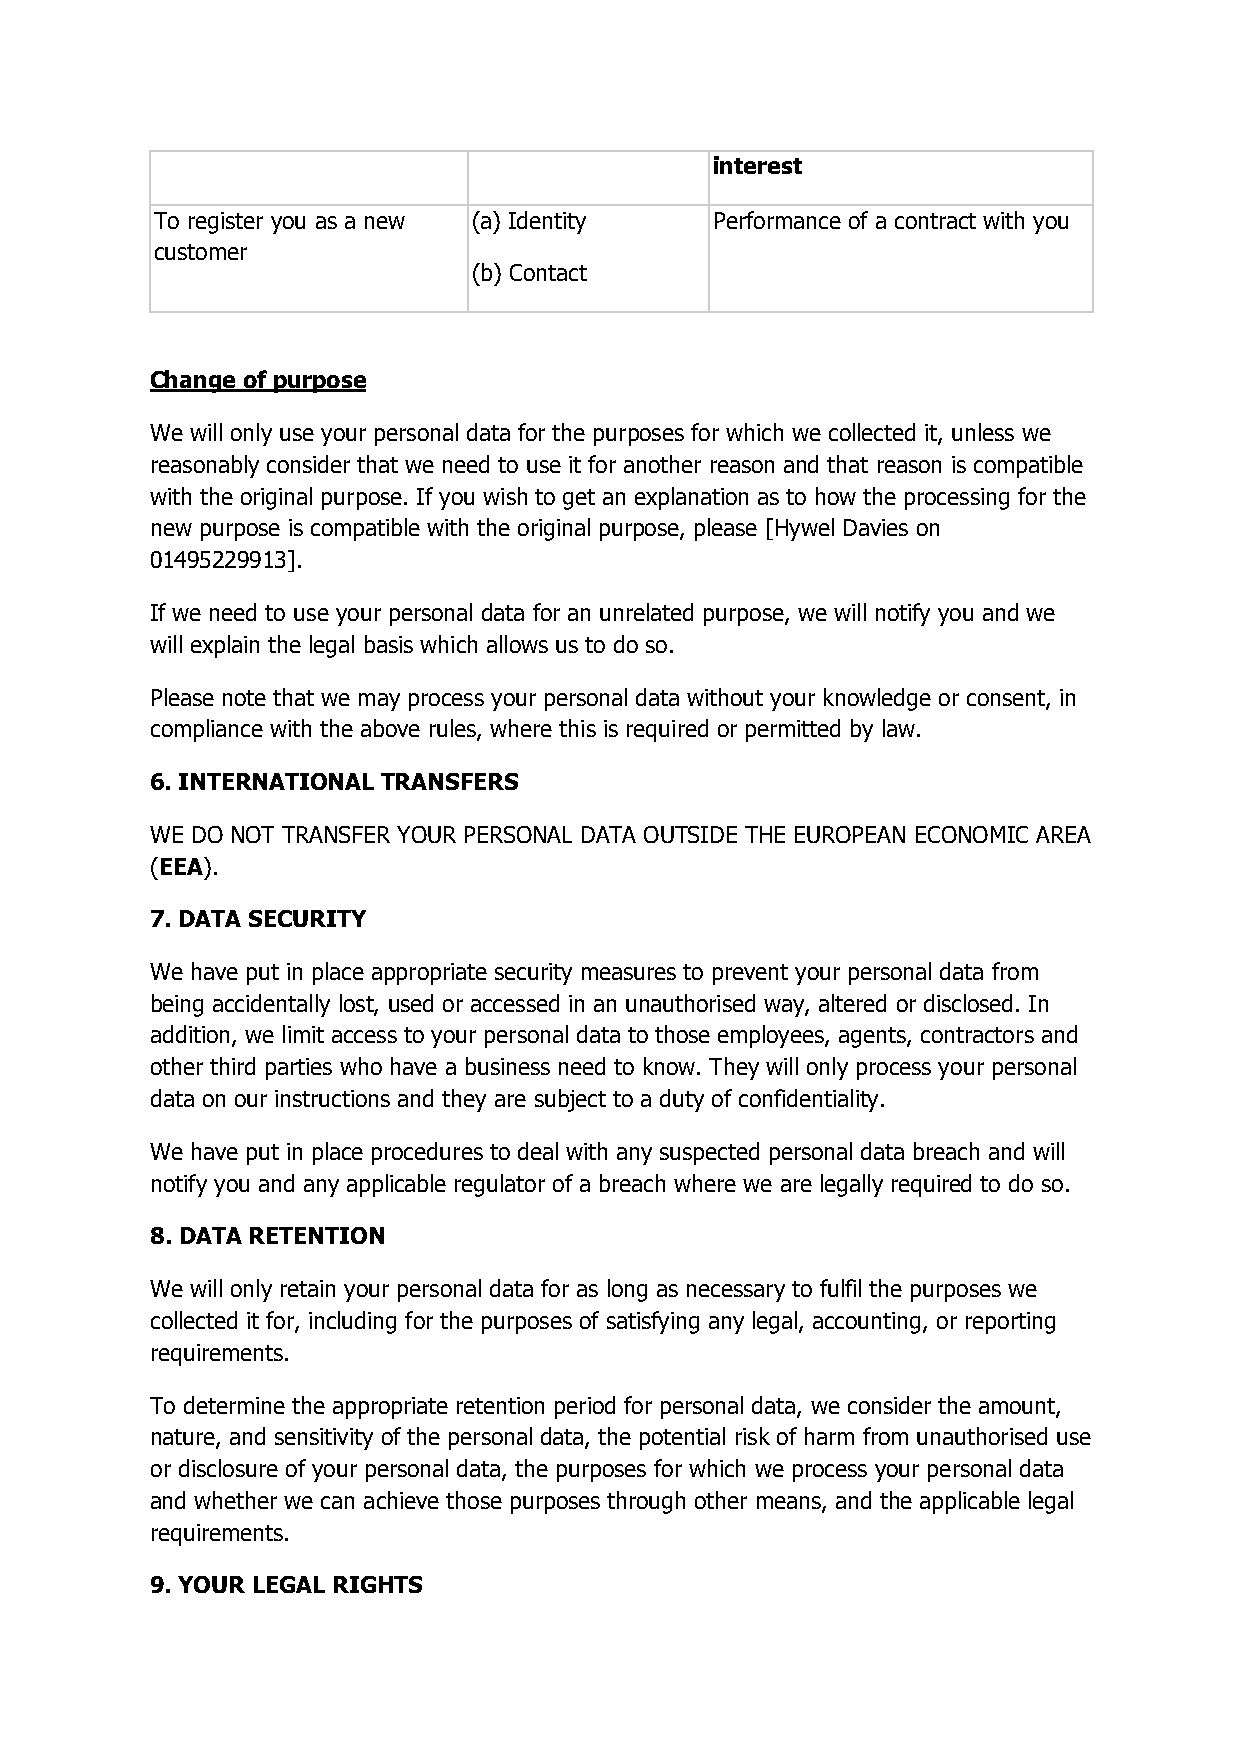
interest
 To register you as a new (a) Identity Performance of a contract with you
 customer
 (b) Contact
 Change of purpose
 We will only use your personal data for the purposes for which we collected it, unless we
 reasonably consider that we need to use it for another reason and that reason is compatible
 with the original purpose. If you wish to get an explanation as to how the processing for the
 new purpose is compatible with the original purpose, please [Hywel Davies on
 01495229913].
 If we need to use your personal data for an unrelated purpose, we will notify you and we
 will explain the legal basis which allows us to do so.
 Please note that we may process your personal data without your knowledge or consent, in
 compliance with the above rules, where this is required or permitted by law.
 6. INTERNATIONAL TRANSFERS
 WE DO NOT TRANSFER YOUR PERSONAL DATA OUTSIDE THE EUROPEAN ECONOMIC AREA
 (EEA).
 7. DATA SECURITY
 We have put in place appropriate security measures to prevent your personal data from
 being accidentally lost, used or accessed in an unauthorised way, altered or disclosed. In
 addition, we limit access to your personal data to those employees, agents, contractors and
 other third parties who have a business need to know. They will only process your personal
 data on our instructions and they are subject to a duty of confidentiality.
 We have put in place procedures to deal with any suspected personal data breach and will
 notify you and any applicable regulator of a breach where we are legally required to do so.
 8. DATA RETENTION
 We will only retain your personal data for as long as necessary to fulfil the purposes we
 collected it for, including for the purposes of satisfying any legal, accounting, or reporting
 requirements.
 To determine the appropriate retention period for personal data, we consider the amount,
 nature, and sensitivity of the personal data, the potential risk of harm from unauthorised use
 or disclosure of your personal data, the purposes for which we process your personal data
 and whether we can achieve those purposes through other means, and the applicable legal
 requirements.
 9. YOUR LEGAL RIGHTS